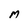
Character: M